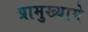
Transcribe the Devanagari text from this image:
प्रामुख्यामे